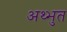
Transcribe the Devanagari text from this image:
अथ्भुत